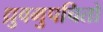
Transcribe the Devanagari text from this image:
ध्रुवमुपचितो